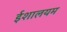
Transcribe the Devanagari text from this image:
ईशालयम